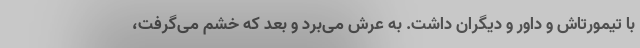
با تیمورتاش و داور و دیگران داشت. به عرش می‌بُرد و بعد که خشم می‌گرفت،